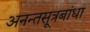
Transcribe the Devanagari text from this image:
अनन्तसूत्रबांधा